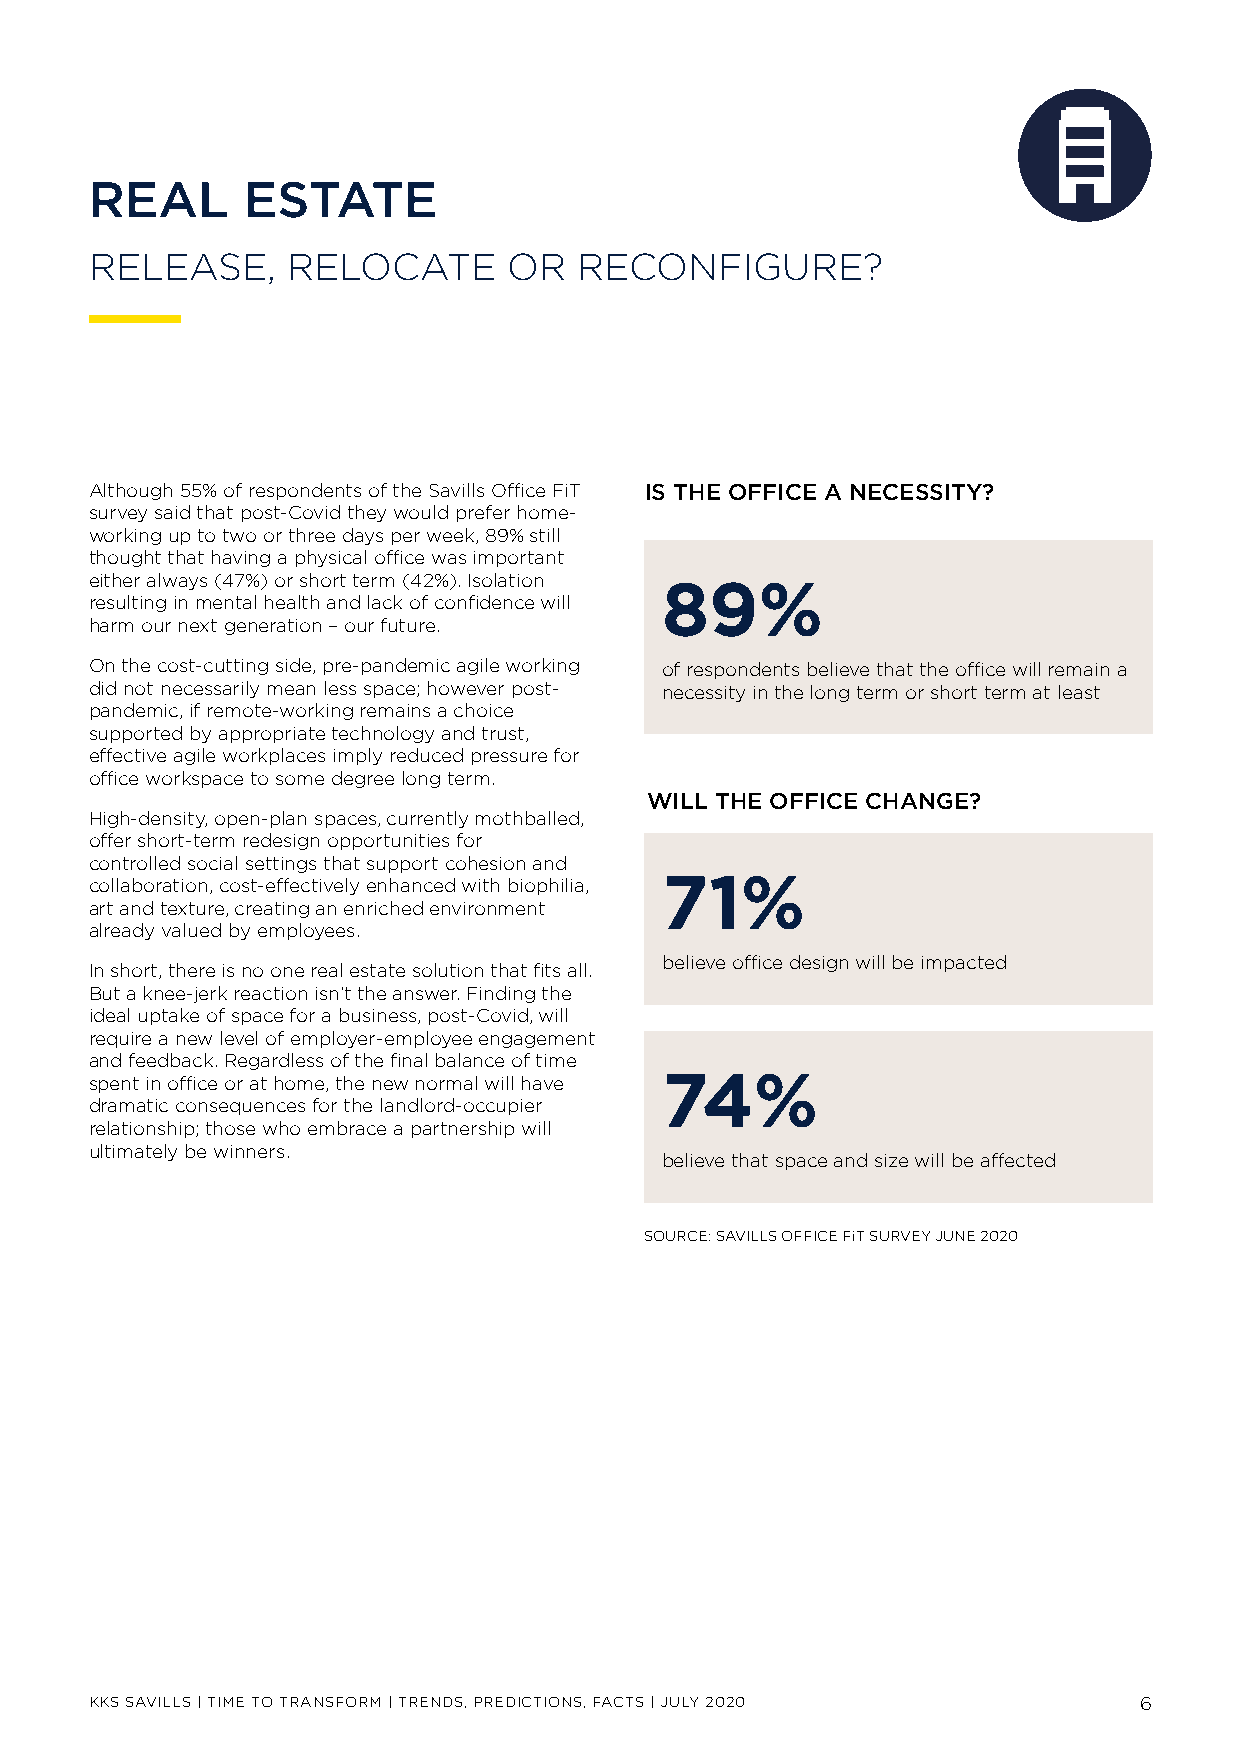
REAL      ESTATE
 RELEASE,     RELOCATE       OR  RECONFIGURE?
 Although 55% of respondents of the Savills Office FiT IS THE OFFICE A NECESSITY?
 survey said that post-Covid they would prefer home-
 working up to two or three days per week, 89% still
 thought that having a physical office was important
 either always (47%) or short term (42%). Isolation
 89%
 resulting in mental health and lack of confidence will
 harm our next generation – our future.
 On the cost-cutting side, pre-pandemic agile working of respondents believe that the office will remain a
 did not necessarily mean less space; however post- necessity in the long term or short term at least
 pandemic, if remote-working remains a choice
 supported by appropriate technology and trust,
 effective agile workplaces imply reduced pressure for
 office workspace to some degree long term.
 WILL THE OFFICE CHANGE?
 High-density, open-plan spaces, currently mothballed,
 offer short-term redesign opportunities for
 controlled social settings that support cohesion and
 collaboration, cost-effectively enhanced with biophilia, 71%
 art and texture, creating an enriched environment
 already valued by employees.
 believe office design will be impacted
 In short, there is no one real estate solution that fits all.
 But a knee-jerk reaction isn’t the answer. Finding the
 ideal uptake of space for a business, post-Covid, will
 require a new level of employer-employee engagement
 and feedback. Regardless of the final balance of time
 spent in office or at home, the new normal will have 74%
 dramatic consequences for the landlord-occupier
 relationship; those who embrace a partnership will
 ultimately be winners.
 believe that space and size will be affected
 SOURCE: SAVILLS OFFICE FiT SURVEY JUNE 2020
 KKS SAVILLS | TIME TO TRANSFORM | TRENDS, PREDICTIONS, FACTS | JULY 2020 6